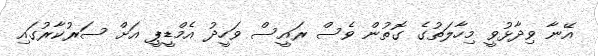
އޭނާ ވިދާޅުވީ މިހާލަތުގެ ގޮތުން ވެސް ރައީސް ވަހީދު އެމްޑީޕީ އަށް ސަރުކާރުގައި